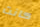
كانت